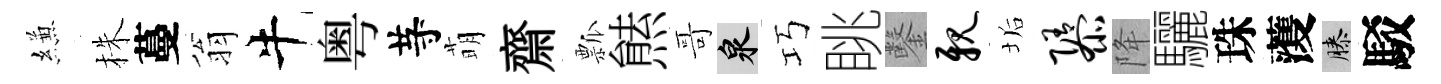
縑株蔓翁牛粤䒭萌齋瓢㷱哥泉巧眺鑿亲垢隳降驪珠𮑮膝駁